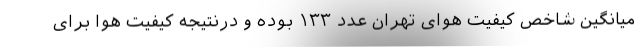
میانگین شاخص کیفیت هوای تهران عدد ۱۳۳ بوده و درنتیجه کیفیت هوا برای